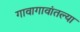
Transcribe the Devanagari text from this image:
गावागावांतल्या